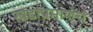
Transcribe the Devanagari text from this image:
खंडांप्रमाणेच